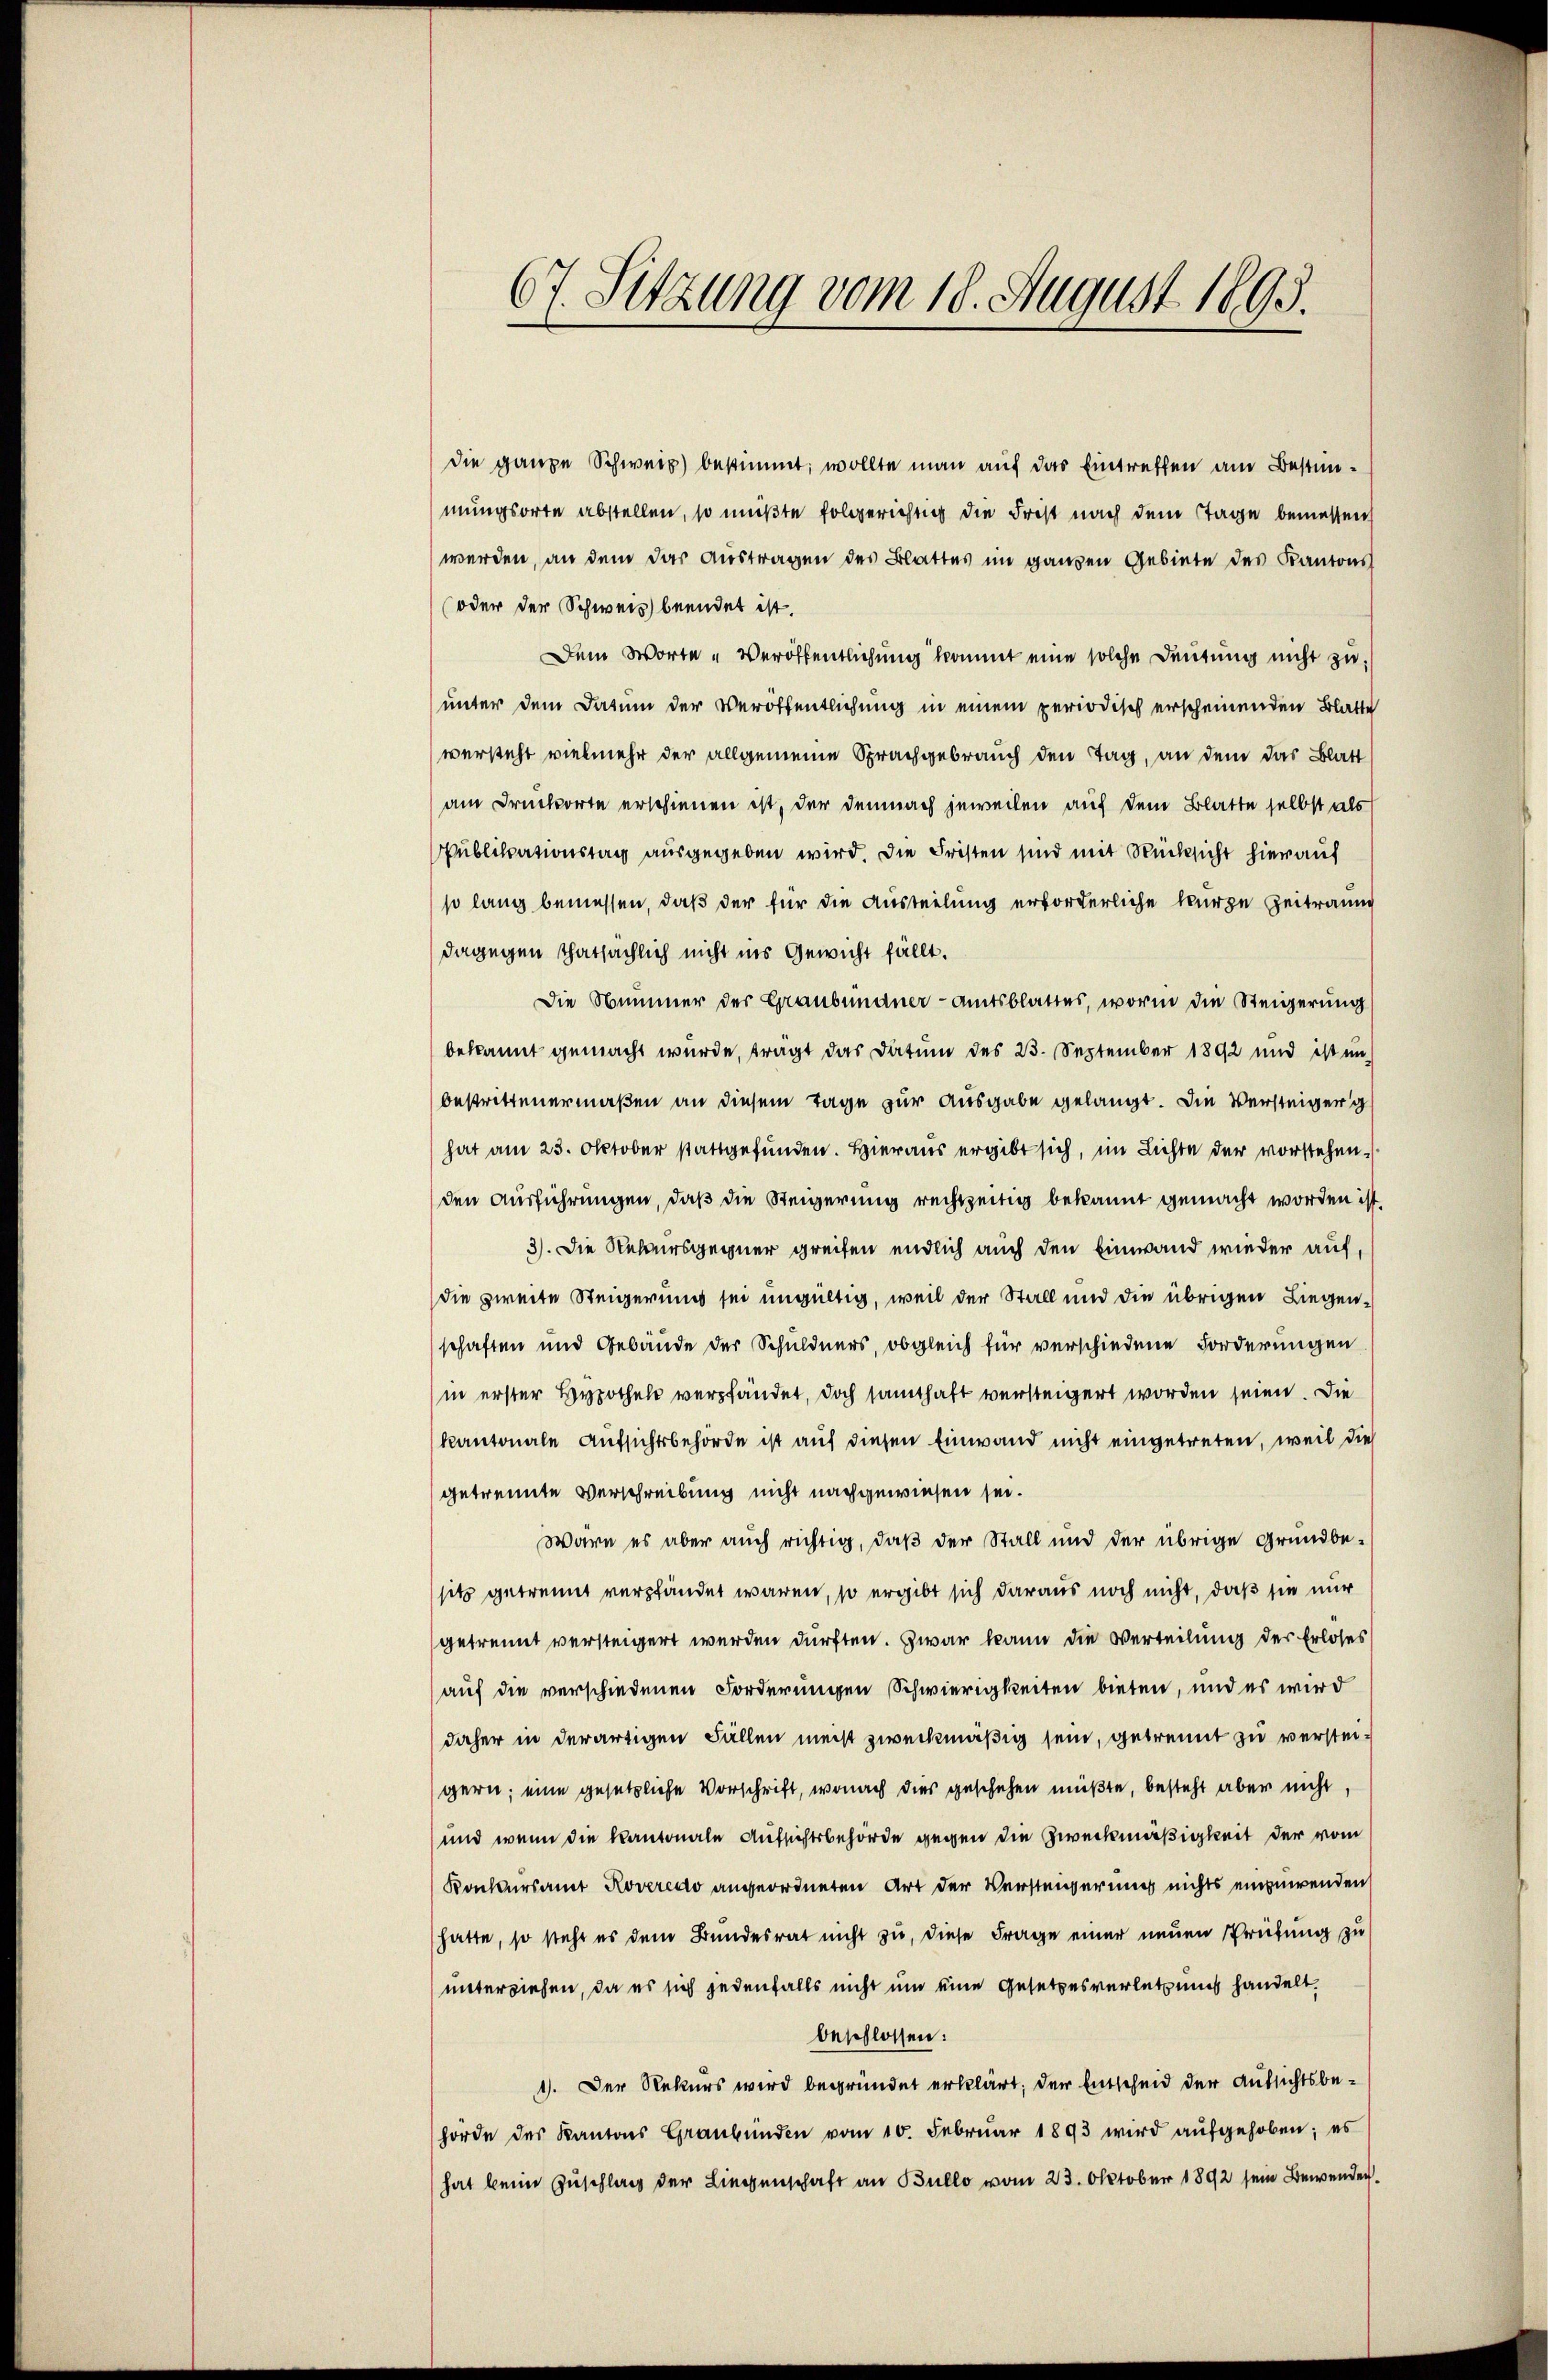
67. Sitzung vom 18. August 1895.

die ganze Schweiz bestimmt; wollte man auf das Eintreffen am Bestimmungsorte abstellen, so müßte folgerichtig die Frist nach dem Tage bemessen,
werden, an dem das Austragen des Blattes im ganzen Gebiete des Kantons
oder der Schweiz beendet ist.
Dem Worte „Veröffentlichung kommt eine solche Deutung nicht zu
unter dem Datum der Veröffentlichung in einem periodisch erscheinenden Blatte
versteht vielmehr der allgemeine Sprachgebrauch den Tag, an dem das Blatt
am Druckorte erschienen ist, der demnach jeweilen auf dem Blatte selbst als
Publikationstag ausgegeben wird. Die Fristen sind mit Rücksicht hierauf
so lang bemessen, daß der für die Austeilung erforderliche kurze Zeitraum
dagegen thatsächlich nicht ins Gewicht fällt.
Die Nummer der Graubündner-Amtsblattes, worin die Steigerung
bekannt gemacht wurde, tragt das Datum des 23. September 1892 und ist un-
bestrittenermaßen an diesem Tage zur Ausgabe gelangt. Die Versteiger g
hat am 23. Oktober stattgefunden. Hieraus ergibt sich, im Lichte der vorstehen.
den Ausführungen, daß die Steigerung rechtzeitig bekannt gemacht worden ist.
3). Die Rekursgegner greifen endlich auch den Einwand wieder auf,
die zweite Steigerung sei ungültig, weil der Stall und die übrigen Liegenschaften und Gebäude der Schuldners, obgleich für verschiedene Forderungen
in erster Hypothek verpfändet, doch samthaft versteigert worden seien. Die
kantonale Aufsichtsbehörde ist auf diesen Einwand nicht eingetreten, weil die
getrennte Verschreibung nicht nachgewiesen sei.
wäre es aber auch richtig, daß der Stall und der übrige Grundbe-
sitz getrennt verpfändet waren, so ergibt sich daraus noch nicht, daß sie nur
getrennt versteigert werden dürften. Zwar kann die Verteilung der Erloses
auf die verschiedenen Forderungen Schwierigkeiten bieten, und es wird
daher in derartigen Fällen meist zweckmäßig sein, getrennt zu versteigern; eine gesetzliche Vorschrift, wonach dies geschehen müßte, besteht aber nicht,
und wenn die Kantonale Aufsichtsbehörde gegen die Zweckmäßigkeit der vom
Konkursamt Roveredo angeordneten Art der Versteigerung nichts einzuwenden,
hatte, so steht es dem Bundesrat nicht zu, diese Frage einer neuen Prüfung zu
unterziehen, da es sich jedenfalls nicht um eine Gesetzesverletzung handelt.
beschlossen:
1). Der Rekurs wird begründet erklärt; der Entscheid der Aufsichtsbehörde des Kantons Graubünden vom 10. Febrŭar 1893 wird aŭfgehoben; es
hat beim Zuschlag der Liegenschaft an Bullo vom 23. Oktober 1892 sein Bewenden.